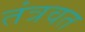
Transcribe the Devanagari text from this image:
तंत्रवत